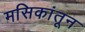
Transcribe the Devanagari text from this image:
मसिकांतून